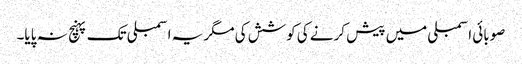
صوبائی اسمبلی میں پیش کرنے کی کوشش کی مگر یہ اسمبلی تک پہنچ نہ پایا۔